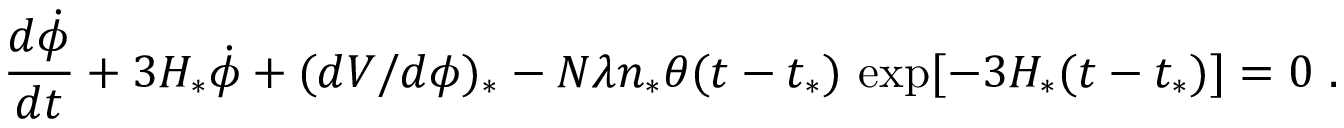
\frac { d \dot { \phi } } { d t } + 3 H _ { * } \dot { \phi } + ( d V / d \phi ) _ { * } - N \lambda n _ { * } \theta ( t - t _ { * } ) \, \exp [ - 3 H _ { * } ( t - t _ { * } ) ] = 0 \ .